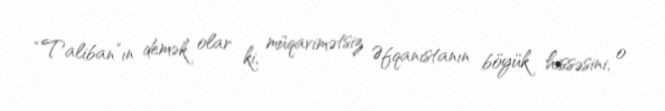
“Taliban”ın demək olar ki, müqavimətsiz Əfqanıstanın böyük hissəsini, o